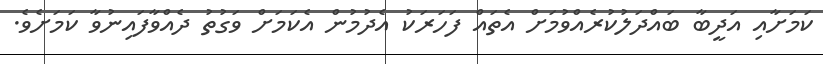
ކަމަށާއި އަދީބާ ބައްދަލުކުރެއްވުމަށް އެތައް ފަހަރަކު އެދުމުން އެކަމަށް ވަގުތު ދެއްވާފައިނުވާ ކަމަށެވެ.